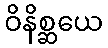
ဝိနိစ္ဆယေ